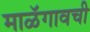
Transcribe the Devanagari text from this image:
माळॅगावची